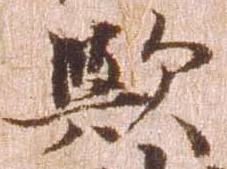
歟